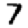
Digit: 7